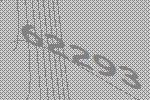
62293